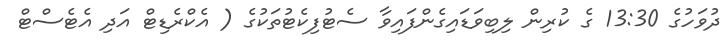
ދުވަހުގެ 13:30 ގެ ކުރިން ލިބިވަޑައިގެންފައިވާ ސެޓުފިކެޓުތަކުގެ ( އެކްރެޑިޓް އަދި އެޓެސްޓް